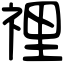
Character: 𥚃